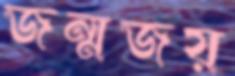
জন্মজয়